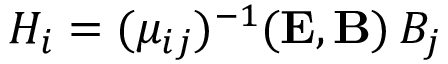
H _ { i } = ( \mu _ { i j } ) ^ { - 1 } ( { \bf E } , { \bf B } ) \, B _ { j }